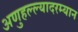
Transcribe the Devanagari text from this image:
अणुहल्ल्यादरम्यान